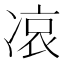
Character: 𠗪